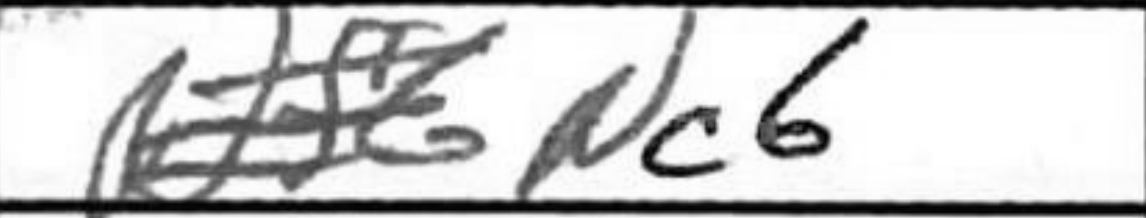
Transcription: Nc6